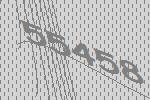
55458